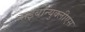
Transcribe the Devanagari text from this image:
राइबोन्युक्लीएस